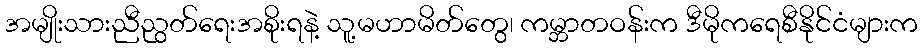
အမျိုးသားညီညွတ်ရေးအစိုးရနဲ့ သူ့မဟာမိတ်တွေ၊ ကမ္ဘာတဝန်းက ဒီမိုကရေစီနိုင်ငံများက